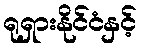
ရုရှားနိုင်ငံနှင့်